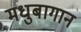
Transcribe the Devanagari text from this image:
मधुबागान